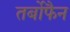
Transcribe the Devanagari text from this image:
तर्बोफैन